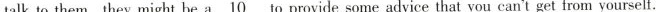
talk to them, they might be\underline{a10}to provide some advice that you can't get from yourself.